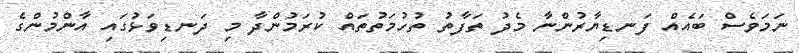
ނަމަވެސް ބައެއް ފަނޑިޔާރުންނާ މެދު ތަފާތު ތުހުމަތުތައް ކުރަމުންދާ މި ދަނޑިވަޅުގައި އާންމުންގެ